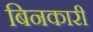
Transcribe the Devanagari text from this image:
बिनकारी